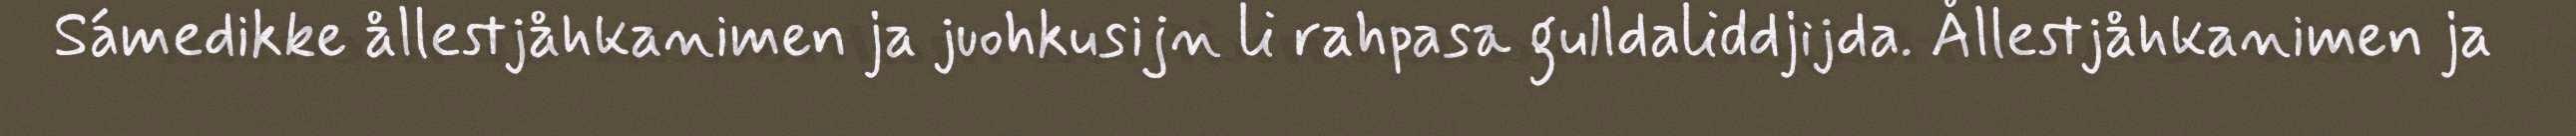
Sámedikke ållestjåhkanimen ja juohkusijn li rahpasa gulldaliddjijda. Ållestjåhkanimen ja